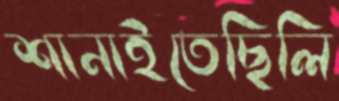
শানাইতেছিলি